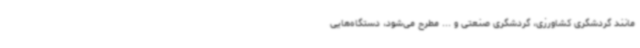
مانند گردشگری کشاورزی، گردشگری صنعتی و ... مطرح می‌شود، دستگاه‌هایی